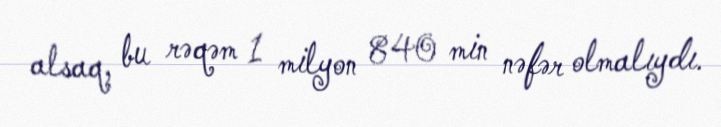
alsaq, bu rəqəm 1 milyon 840 min nəfər olmalıydı.